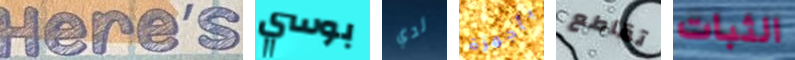
Here's بوسي لدي بأجهزة تقاطع الثبات